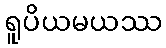
ရူပိယမယဿ